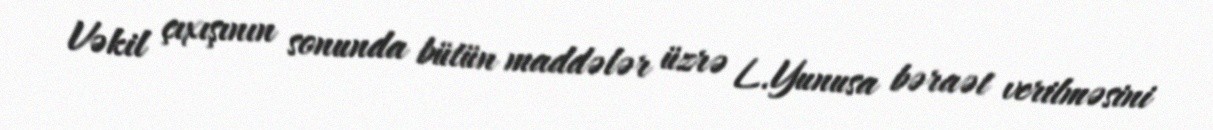
Vəkil çıxışının sonunda bütün maddələr üzrə L.Yunusa bəraət verilməsini